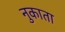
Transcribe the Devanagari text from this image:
नुकाता